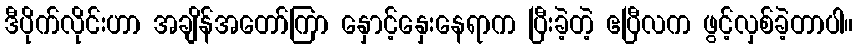
ဒီပိုက်လိုင်းဟာ အချိန်အတော်ကြာ နှောင့်နှေးနေရာက ပြီးခဲ့တဲ့ ဧပြီလက ဖွင့်လှစ်ခဲ့တာပါ။